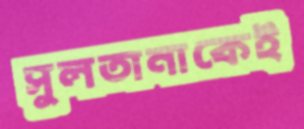
সুলতানাকেই